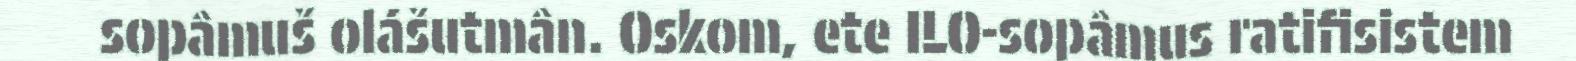
sopâmuš olášutmân. Oskom, ete ILO-sopâmus ratifisistem